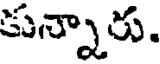
కున్నారు.